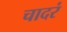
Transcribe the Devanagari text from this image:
चादरं